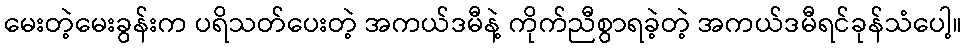
မေးတဲ့မေးခွန်းက ပရိသတ်ပေးတဲ့ အကယ်ဒမီနဲ့ ကိုက်ညီစွာရခဲ့တဲ့ အကယ်ဒမီရင်ခုန်သံပေါ့။